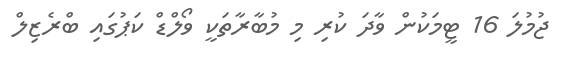
ޖުމުލަ 16 ޓީމަކުން ވާދަ ކުރި މި މުބާރާތަކީ ވޯލްޑް ކަޕުގައި ބްރެޒިލް